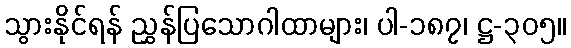
သွားနိုင်ရန် ညွှန်ပြသောဂါထာများ၊ ပါ-၁၈၇၊ ဋ္ဌ-၃၀၅။